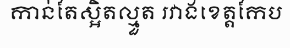
កាន់តែស្អិតល្មួត រវាងខេត្តកែប